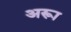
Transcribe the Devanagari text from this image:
अरूा